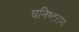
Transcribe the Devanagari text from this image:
घनिष्टतम